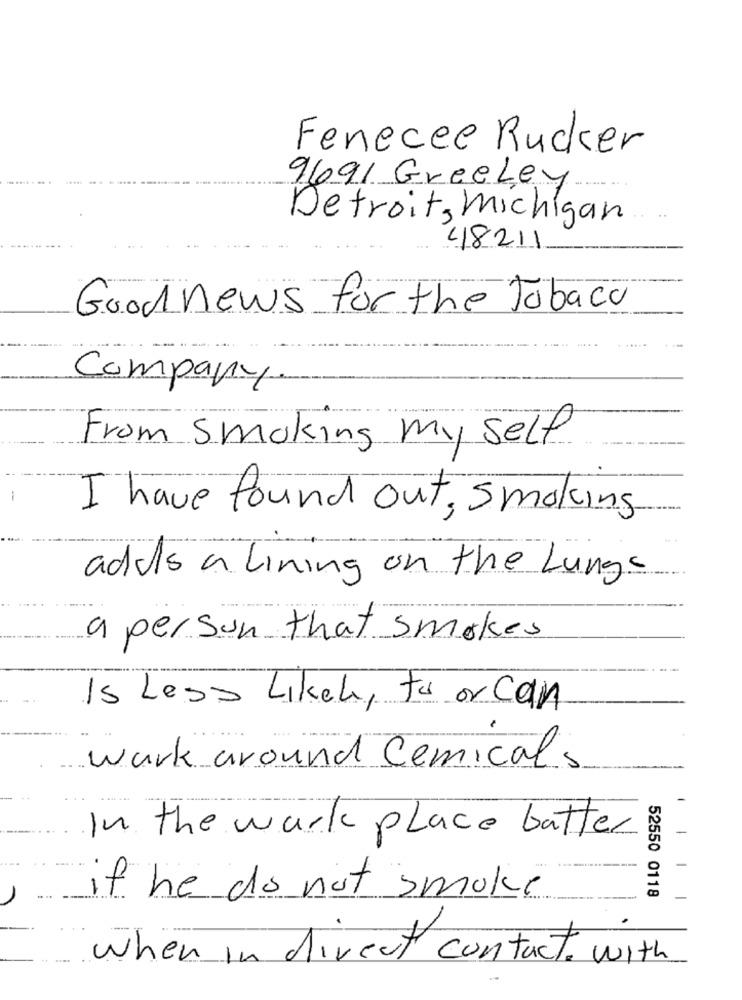
Fenecee Rucker
9691 Greeley
Detroit, Michigan
48211
Good news for the Tobaco
Company.
From Smoking my self
-
I have found out, smoking
adds a Lining on the Lungs
a person that smokes
Is Less Likely to or Can
work around Cemicals
In the work place batter
if he do not smoke
52550 0118
when in direct contact with